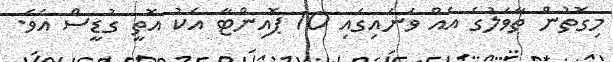
މިގޮތުން ތާވަލުގެ އެއް ވަނައިގައި 10 ޕޮއިންޓާ އެކު އޮތީ ގުޑީސް އެވެ.